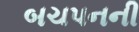
બચપનની